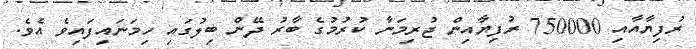
ރުފިޔާއާއި 750000 ރުފިޔާއިން ޖުރިމަނާ ކުރުމުގެ ބާރު ދޭން ބިލުގައި ހިމަނައިފައިވެ އެވެ.